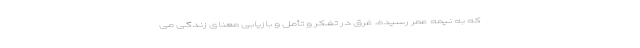
که به نیمه عمر رسیده، غرق در تفکر و تأمل و بازیابی معنای زندگی می